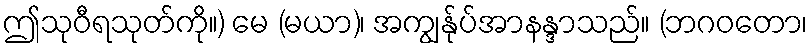
ဤသုဝီရသုတ်ကို။) မေ (မယာ)၊ အကျွန်ုပ်အာနန္ဒာသည်။ (ဘဂဝတော၊